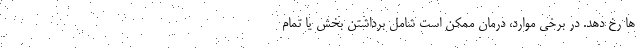
ها رخ دهد. در برخی موارد، درمان ممکن است شامل برداشتن بخش یا تمام